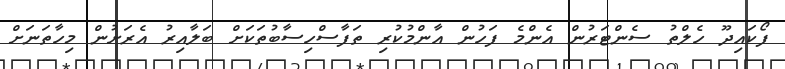
ފޯކައިދޫ ހެލްތު ސެންޓަރުން އެންމެ ފަހުން އާންމުކުރި ތަފާސްހިސާބުތަކަށް ބަލާއިރު އެރަށުން މިހާތަނަށް